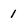
Character: 1